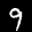
Label: 9